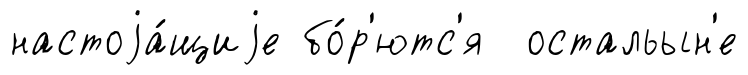
настоjа́щиjе бо́р'ютс'я остальын'е